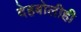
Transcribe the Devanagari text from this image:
देहबोलीही